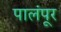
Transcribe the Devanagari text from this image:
पालंपूर